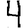
Digit: 4